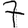
Digit: 7